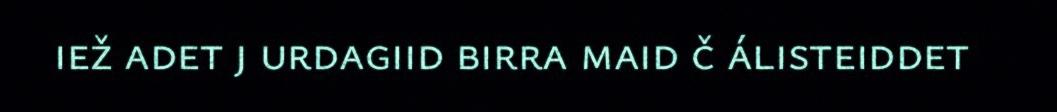
iež adet j urdagiid birra maid č álisteiddet